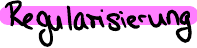
Regularisierung